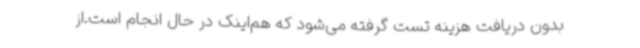
بدون دریافت هزینه تست گرفته می‌شود که هم‌اینک در حال انجام است.از